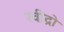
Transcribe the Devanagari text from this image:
रवींद्रो